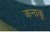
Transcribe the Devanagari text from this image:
कनाकू